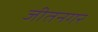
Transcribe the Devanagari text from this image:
जीतनगर